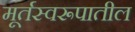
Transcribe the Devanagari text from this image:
मूर्तस्वरूपातील